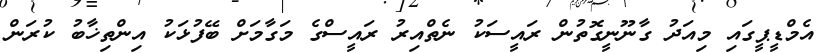
އެމްޑީޕީގައި މިއަދު ގާނޫނީގޮތުން ރައީސަކު ނެތްއިރު ރައީސްގެ މަގާމަށް ބޭފުޅަކު އިންތިޚާބު ކުރަން